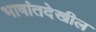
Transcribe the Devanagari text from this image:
भाषांतदेखील